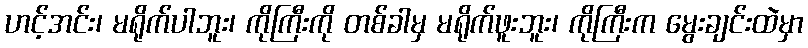
ဟင့်အင်း၊ မရိုက်ပါဘူး၊ ကိုကြီးကို တစ်ခါမှ မရိုက်ဖူးဘူး၊ ကိုကြီးက မွေးချင်းထဲမှာ